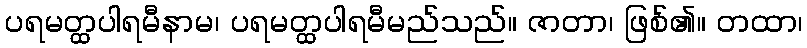
ပရမတ္ထပါရမီနာမ၊ ပရမတ္ထပါရမီမည်သည်။ ဇာတာ၊ ဖြစ်၏။ တထာ၊